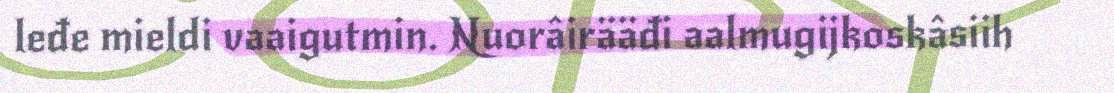
leđe mieldi vaaigutmin. Nuorâirääđi aalmugijkoskâsiih